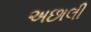
અછાલી